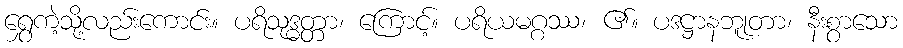
ရွှေကဲ့သို့လည်းကောင်း။ ပရိသုဒ္ဓတ္တာ၊ ကြောင့်။ ပရိယမဂ္ဂဿ၊ ၏။ ပဒဋ္ဌာနဘူုတာ၊ နီးစွာသော